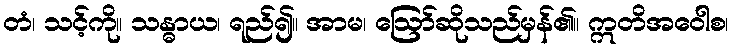
တံ၊ သင့်ကို။ သန္ဓာယ၊ ရည်၍။ အာမ၊ ဩော်ဆိုသည်မှန်၏။ ဣတိအဝေါစ၊